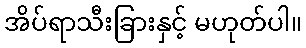
အိပ်ရာသီးခြားနှင့် မဟုတ်ပါ။